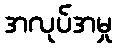
အလုပ်အမှု